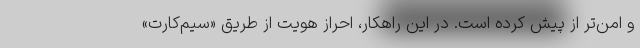
و امن‌تر از پیش کرده است. در این راهکار، احراز هویت از طریق «سیم‌کارت»